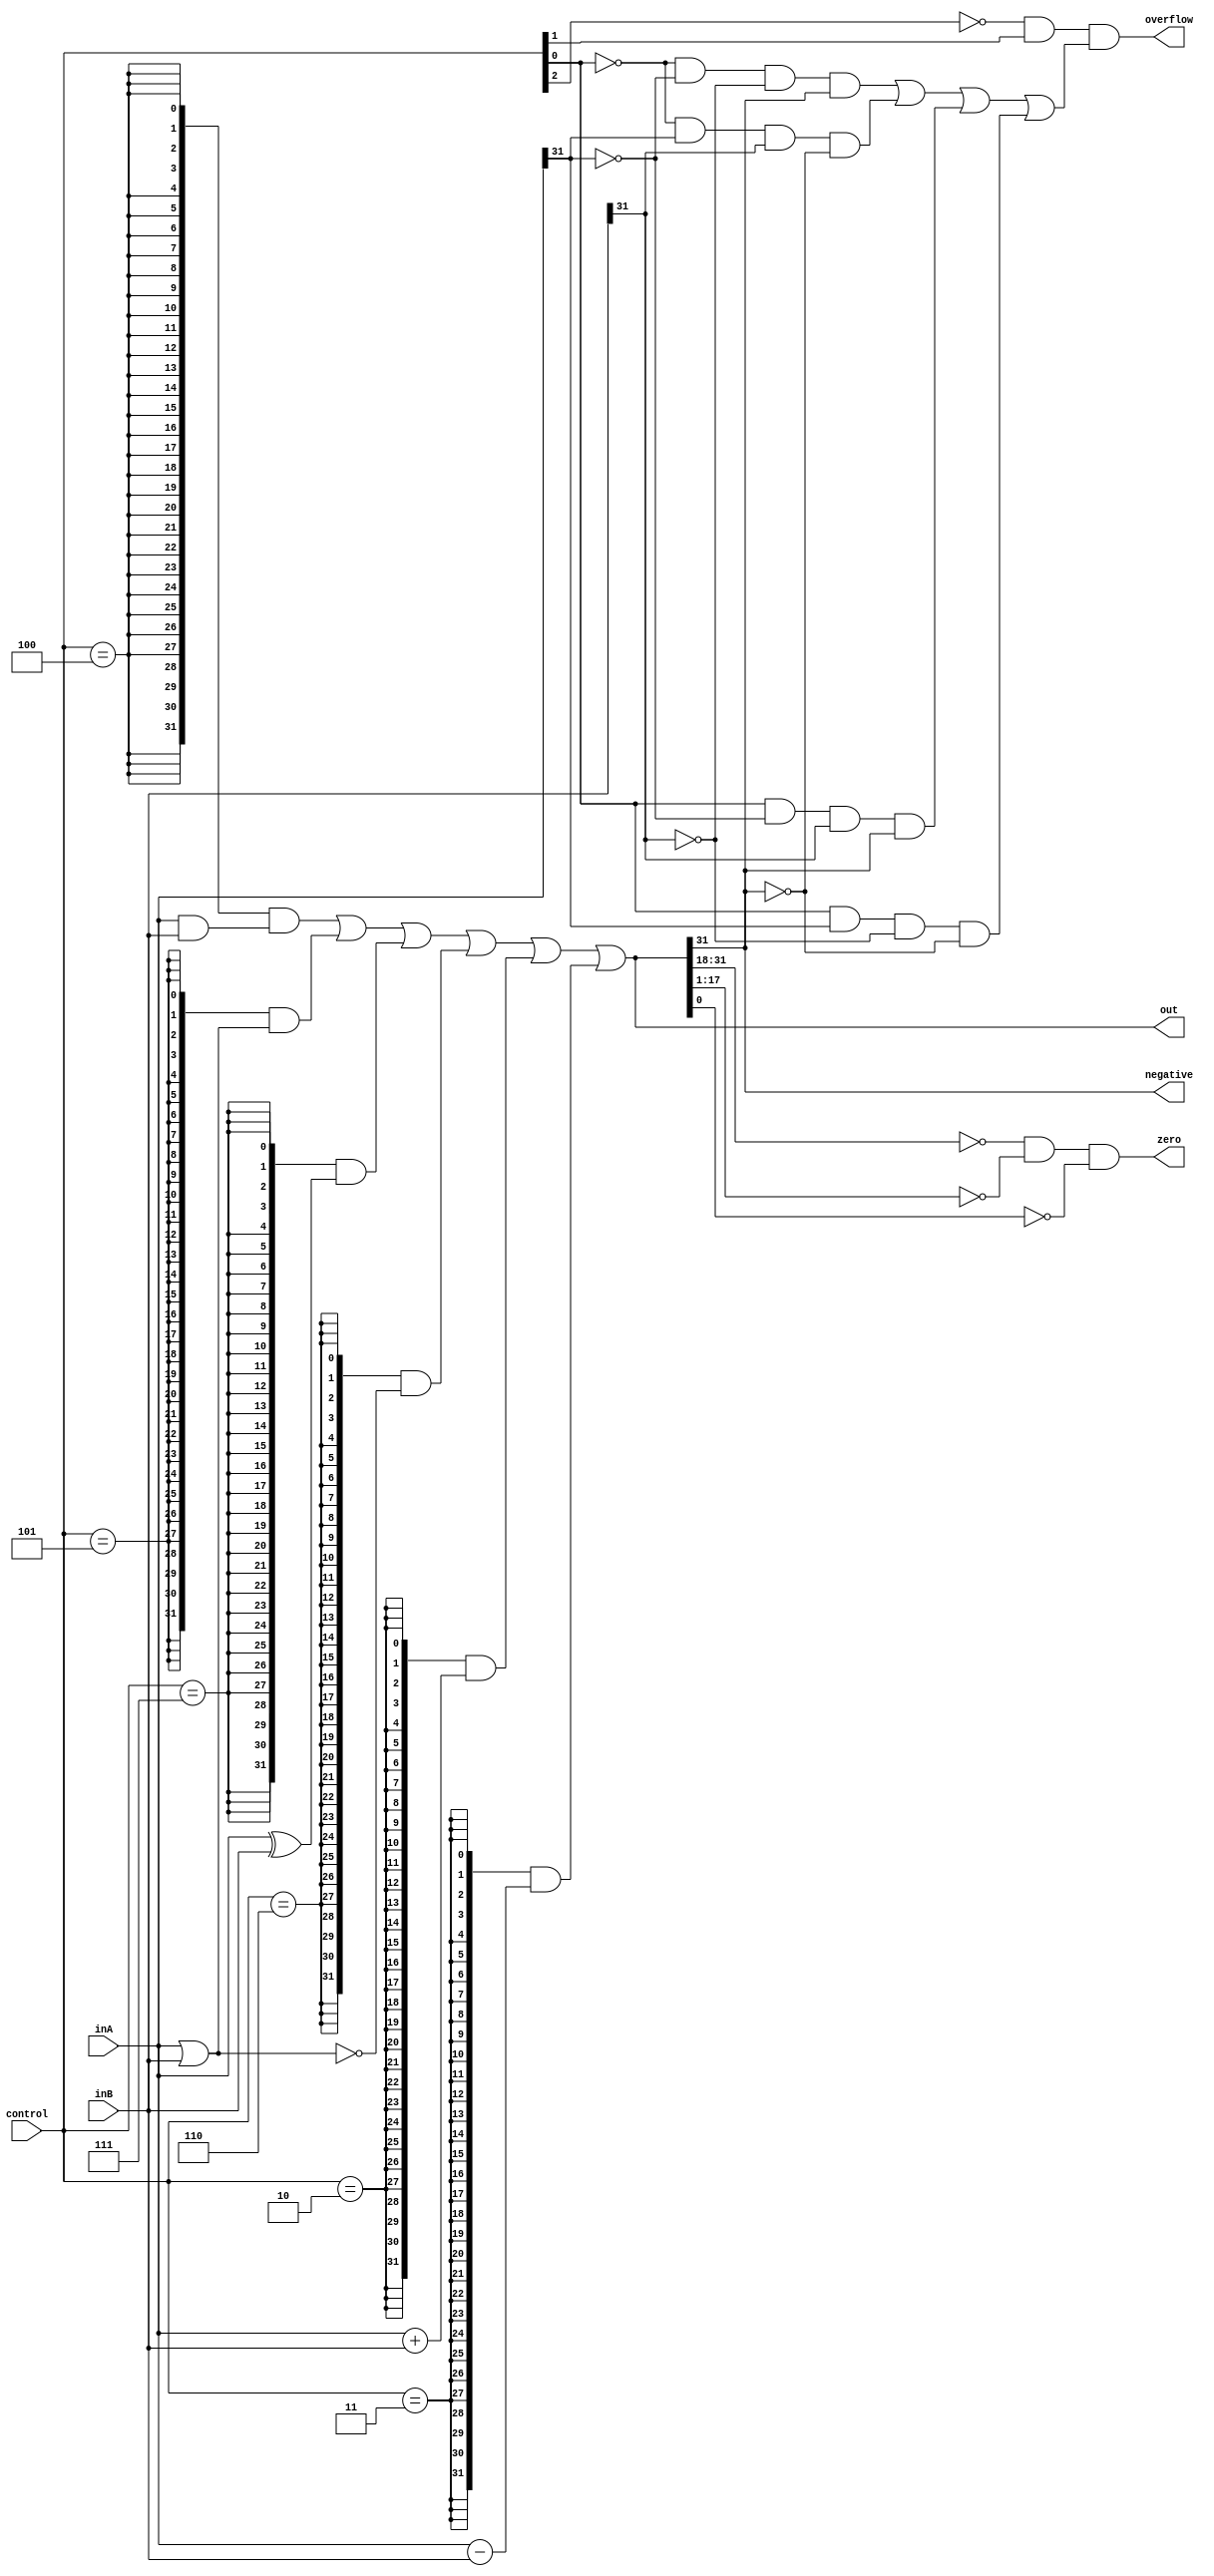
`define ALU_ADDU   3'h0
`define ALU_ADD    3'h2
`define ALU_SUB    3'h3
`define ALU_AND    3'h4
`define ALU_OR     3'h5
`define ALU_NOR    3'h6
`define ALU_XOR    3'h7

////
//// mips_ALU: Performs all arithmetic and logical operations
////
//// out (output) - Final result
//// inA (input)  - Operand modified by the operation
//// inB (input)  - Operand used (in arithmetic ops) to modify inA
//// control (input) - Selects which operation is to be performed
////
module alu32(out, overflow, zero, negative, inA, inB, control);
    output [31:0] out;
    output        overflow, zero, negative;
    input  [31:0] inA, inB;
    input  [2:0]  control;

    assign out = (({32{(control == `ALU_AND)}} & (inA & inB)) |
        ({32{(control == `ALU_OR)}} & (inA | inB)) |
        ({32{(control == `ALU_XOR)}} & (inA ^ inB)) |
        ({32{(control == `ALU_NOR)}} & ~(inA | inB)) |
        ({32{(control == `ALU_ADD)}} & (inA + inB)) |
        ({32{(control == `ALU_SUB)}} & (inA - inB)));
    assign zero = (out[31:18] == 14'b0) & (out[17:1] == 17'd0) & ~out[0];
    xor x1(negative, out[31], 1'b0);

    // we're just computing this here but we will not need this in the lab.
    assign overflow = ~control[2] & control[1] &
          ( (~control[0] & ~inA[31] & ~inB[31] &  out[31]) |
            (~control[0] &  inA[31] &  inB[31] & ~out[31]) |
            ( control[0] & ~inA[31] &  inB[31] &  out[31]) |
            ( control[0] &  inA[31] & ~inB[31] & ~out[31]) );

endmodule